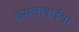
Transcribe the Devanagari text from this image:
कमलाबाईंचा